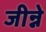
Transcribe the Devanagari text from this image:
जीन्ने